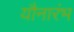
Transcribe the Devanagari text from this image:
यौनारंभ